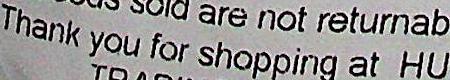
THANK YOU FOR SHOPPING AT HU